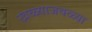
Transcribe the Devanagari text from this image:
खळ्याजवळ्या